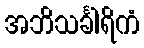
အဘိသင်္ခါရိကံ